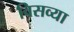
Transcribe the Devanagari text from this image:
विसव्या